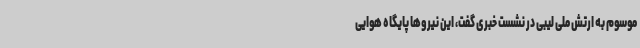
موسوم به ارتش ملی لیبی در نشست خبری گفت، این نیروها پایگاه هوایی